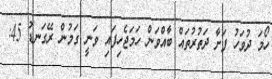
ހޯމަ ދުވަހު ފަށާ ދަތުރުތައް ބާއްވަން ހަމަޖެހިފައި ވަނީ ގަމުން ރޭގަނޑު 45: